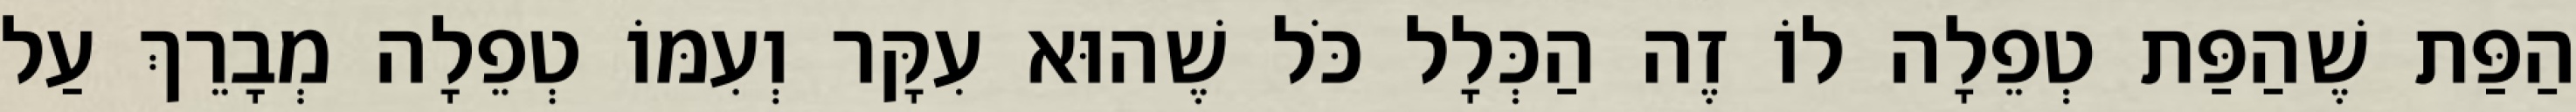
הַפַּת שֶׁהַפַּת טְפֵלָה לוֹ זֶה הַכְּלָל כֹּל שֶׁהוּא עִקָּר וְעִמּוֹ טְפֵלָה מְבָרֵךְ עַל